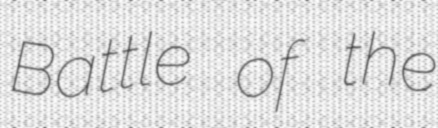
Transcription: Battle of the